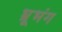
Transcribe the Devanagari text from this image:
भ्रूभंग